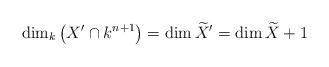
LaTeX: \begin{align*}\dim_{k}\left( X^{\prime}\cap k^{n+1}\right) =\dim\widetilde{X}^{\prime}=\dim\widetilde{X}+1 \end{align*}